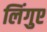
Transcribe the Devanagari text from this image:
लिंगुए